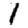
Digit: 1